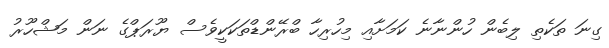
ގިނަ ތަކެތި ލިބެން ހުންނާނެ ކަމަށާއި މިހުރިހާ ބްރޭންޑްތަކަކީވެސް ޔޫރަޕްގެ ނަން މަޝްހޫރު